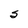
Character: S